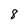
Character: 8